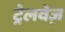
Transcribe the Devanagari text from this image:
ट्रेलवेज़